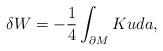
LaTeX: \begin{align*}\delta W = -\frac{1}{4}\int_{\partial M}Kuda,\end{align*}